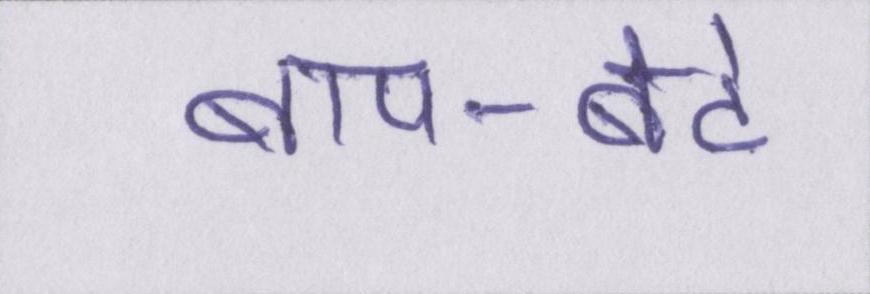
बाप-बेटे